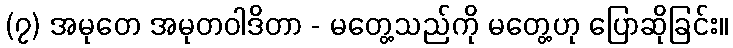
(၇) အမုတေ အမုတဝါဒိတာ - မတွေ့သည်ကို မတွေ့ဟု ပြောဆိုခြင်း။